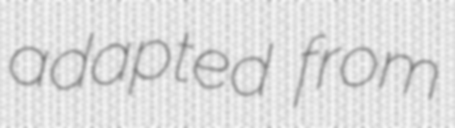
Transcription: adapted from